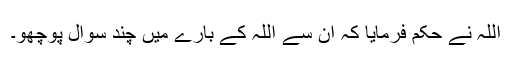
اللہ نے حکم فرمایا کہ ان سے اللہ کے بارے میں چند سوال پوچھو۔